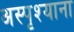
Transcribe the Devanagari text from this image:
अस्पृश्याना